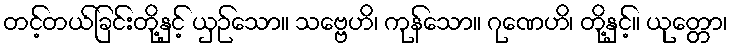
တင့်တယ်ခြင်းတို့နှင့် ယှဉ်သော။ သဗ္ဗေဟိ၊ ကုန်သော။ ဂုဏေဟိ၊ တို့နှင့်။ ယုတ္တော၊